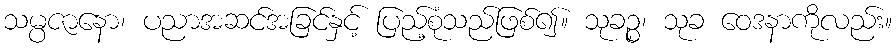
သမ္ပဇာနော၊ ပညာအဆင်အခြင်နှင့် ပြည့်စုံသည်ဖြစ်၍။ သုခဉ္စ၊ သုခ ဝေဒနာကိုလည်း။